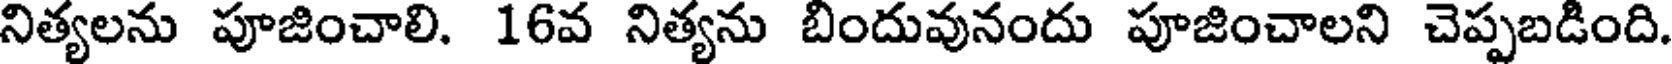
నిత్యలను పూజించాలి. 16వ నిత్యను బిందువునందు పూజించాలని చెప్పబడింది.